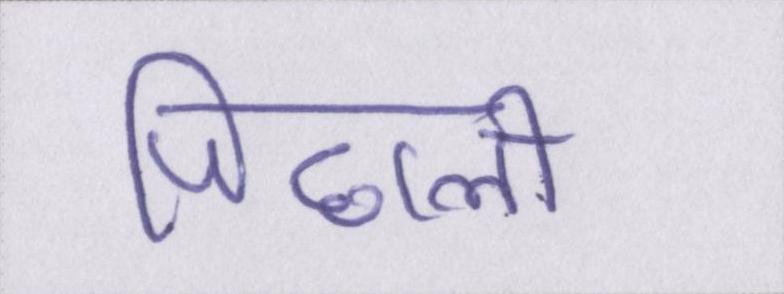
पिछली